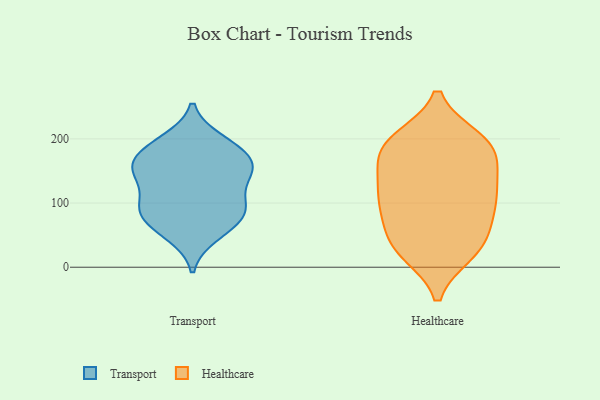
{"axis": {"x": "Revenue (USD Million)", "y": "Value"}, "legend": ["Healthcare", "Transport"], "data": [{"x": "", "y": 100, "type": "Transport"}, {"x": "", "y": 154, "type": "Transport"}, {"x": "", "y": 49, "type": "Transport"}, {"x": "", "y": 56, "type": "Transport"}, {"x": "", "y": 78, "type": "Transport"}, {"x": "", "y": 147, "type": "Transport"}, {"x": "", "y": 198, "type": "Transport"}, {"x": "", "y": 137, "type": "Transport"}, {"x": "", "y": 195, "type": "Transport"}, {"x": "", "y": 168, "type": "Transport"}, {"x": "", "y": 153, "type": "Transport"}, {"x": "", "y": 79, "type": "Transport"}, {"x": "", "y": 100, "type": "Transport"}, {"x": "", "y": 97, "type": "Transport"}, {"x": "", "y": 184, "type": "Transport"}, {"x": "", "y": 84, "type": "Transport"}, {"x": "", "y": 143, "type": "Transport"}, {"x": "", "y": 171, "type": "Transport"}, {"x": "", "y": 181, "type": "Healthcare"}, {"x": "", "y": 109, "type": "Healthcare"}, {"x": "", "y": 62, "type": "Healthcare"}, {"x": "", "y": 199, "type": "Healthcare"}, {"x": "", "y": 89, "type": "Healthcare"}, {"x": "", "y": 112, "type": "Healthcare"}, {"x": "", "y": 149, "type": "Healthcare"}, {"x": "", "y": 145, "type": "Healthcare"}, {"x": "", "y": 22, "type": "Healthcare"}, {"x": "", "y": 58, "type": "Healthcare"}, {"x": "", "y": 200, "type": "Healthcare"}, {"x": "", "y": 36, "type": "Healthcare"}, {"x": "", "y": 94, "type": "Healthcare"}, {"x": "", "y": 107, "type": "Healthcare"}, {"x": "", "y": 22, "type": "Healthcare"}, {"x": "", "y": 195, "type": "Healthcare"}, {"x": "", "y": 27, "type": "Healthcare"}, {"x": "", "y": 179, "type": "Healthcare"}, {"x": "", "y": 192, "type": "Healthcare"}, {"x": "", "y": 140, "type": "Healthcare"}]}